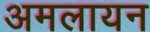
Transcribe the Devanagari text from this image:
अमलायन